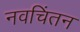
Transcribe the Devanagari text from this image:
नवचिंतन